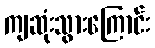
ကျဆုံးသွားကြောင်း